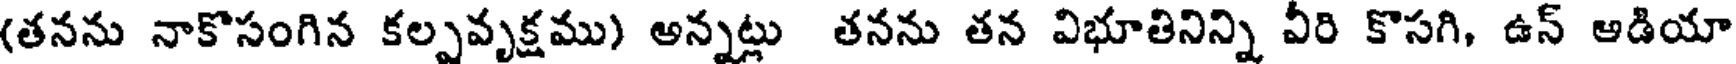
(తనను నాకొసంగిన కల్పవృక్షము) అన్నట్లు తనను తన విభూతినిన్ని వీరి కొసగి, ఉన్ ఆడియా